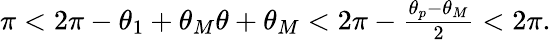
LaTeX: \begin{array}{r}{\pi<2\pi-\theta_{1}+\theta_{M}\le\theta+\theta_{M}<2\pi-\frac{\theta_{p}-\theta_{M}}{2}<2\pi.}\end{array}